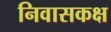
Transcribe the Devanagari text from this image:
निवासकक्ष